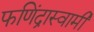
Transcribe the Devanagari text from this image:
फणिंद्रास्वामी